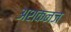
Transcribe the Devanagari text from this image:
अशकनज